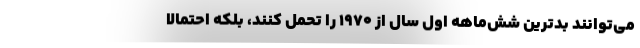
می‌توانند بدترین شش‌ماهه اول سال از ۱۹۷۰ را تحمل کنند، بلکه احتمالا